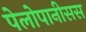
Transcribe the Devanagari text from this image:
पेलोपानीसस